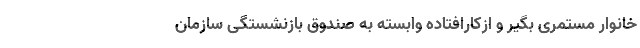
خانوار مستمری بگیر و ازکارافتاده وابسته به صندوق بازنشستگی سازمان